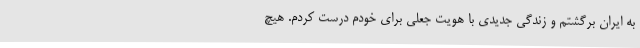
به ایران برگشتم و زندگی جدیدی با هویت جعلی برای خودم درست کردم. هیچ